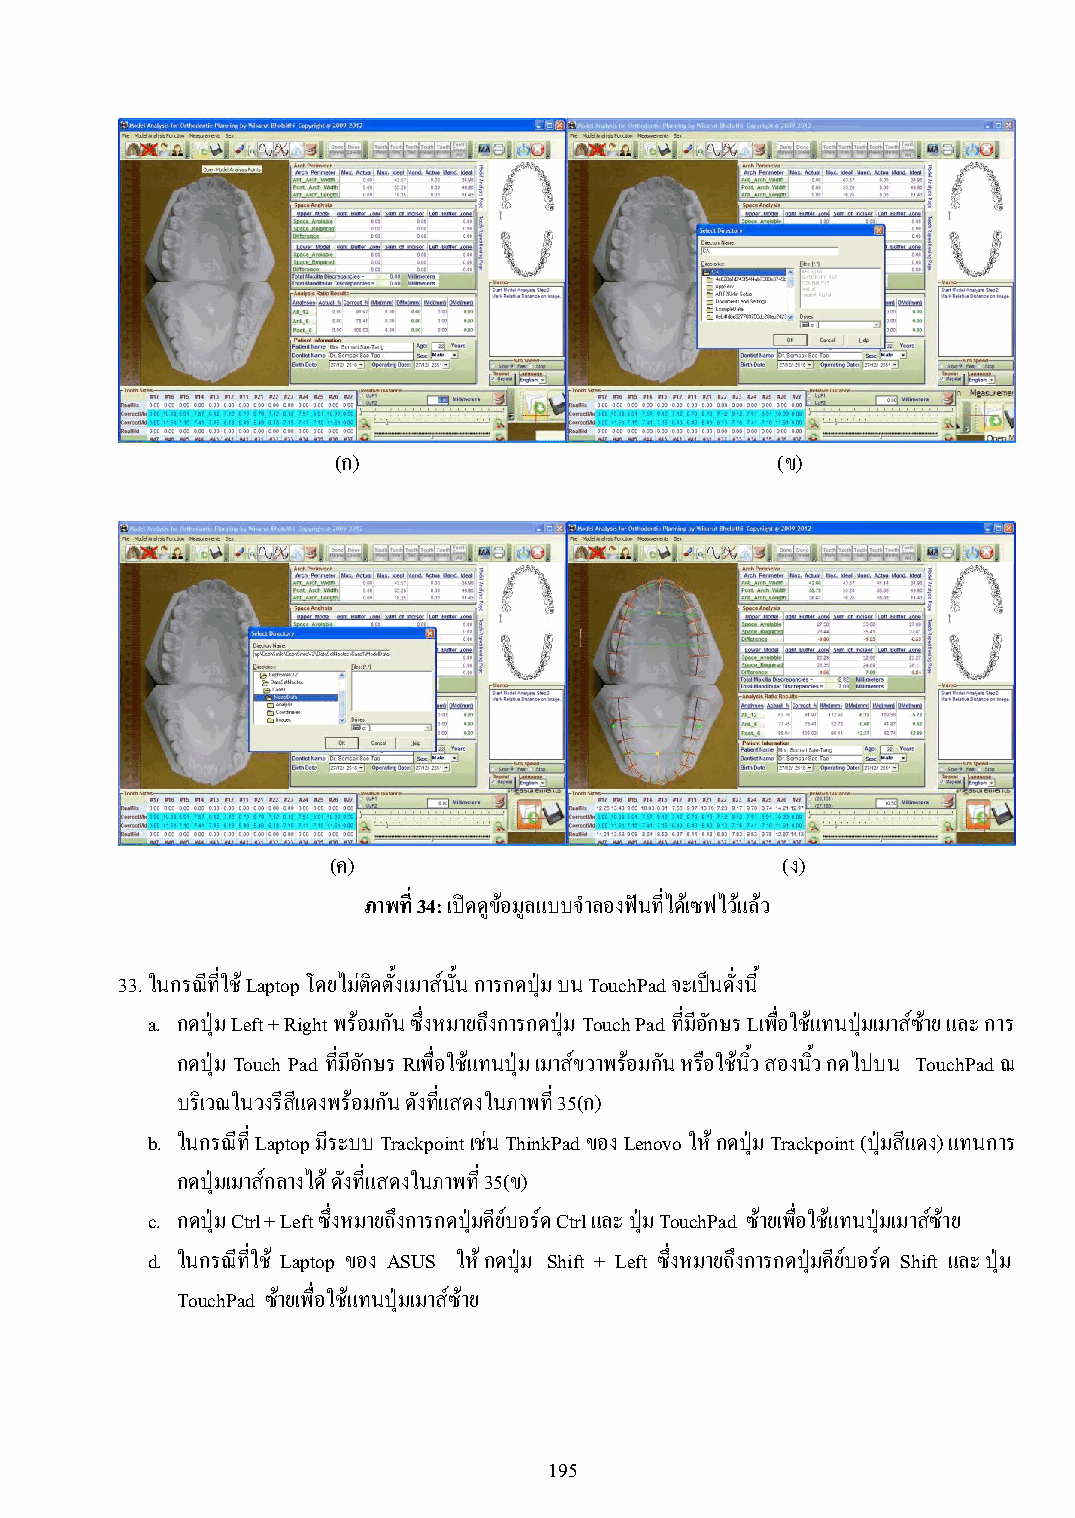
(ก)                          (ข)
 (ค)                           (ง)
 ภาพที่ 34: เปิดดูข้อมลู แบบจ าลองฟันที่ได้เซฟไว้แล้ว
 33. ในกรณีที่ใช้ Laptop โดยไม่ติดตั้งเมาส์นั้น การกดปุ่ม บน TouchPad จะเป็นดั่งนี้
 a. กดปุ่ม Left + Right พร้อมกัน ซึ่งหมายถึงการกดปุ่ม Touch Pad ที่มีอักษร Lเพื่อใช้แทนปุ่มเมาส์ซ้าย และ การ
 กดปุ่ม Touch Pad ที่มีอักษร Rเพื่อใช้แทนปุ่ม เมาส์ขวาพร้อมกัน หรือใช้นิ้ว สองนิ้ว กดไปบน TouchPad ณ
 บริเวณในวงรีสีแดงพร้อมกัน ดังที่แสดงในภาพที่ 35(ก)
 b. ในกรณีที่ Laptop มีระบบ Trackpoint เช่น ThinkPad ของ Lenovo ให้ กดปุ่ม Trackpoint (ปุ่มสีแดง) แทนการ
 กดปุ่มเมาส์กลางได้ ดังที่แสดงในภาพที่ 35(ข)
 c. กดปุ่ม Ctrl + Left ซึ่งหมายถึงการกดปุ่มคีย์บอร์ด Ctrl และ ปุ่ม TouchPad ซ้ายเพื่อใช้แทนปุ่มเมาส์ซ้าย
 d. ในกรณีที่ใช้ Laptop ของ ASUS ให้ กดปุ่ม Shift + Left ซึ่งหมายถึงการกดปุ่มคีย์บอร์ด Shift และ ปุ่ม
 TouchPad ซ้ายเพื่อใช้แทนปุ่มเมาส์ซ้าย
 195